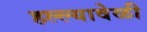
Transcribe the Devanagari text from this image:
हल्ल्यावेळी